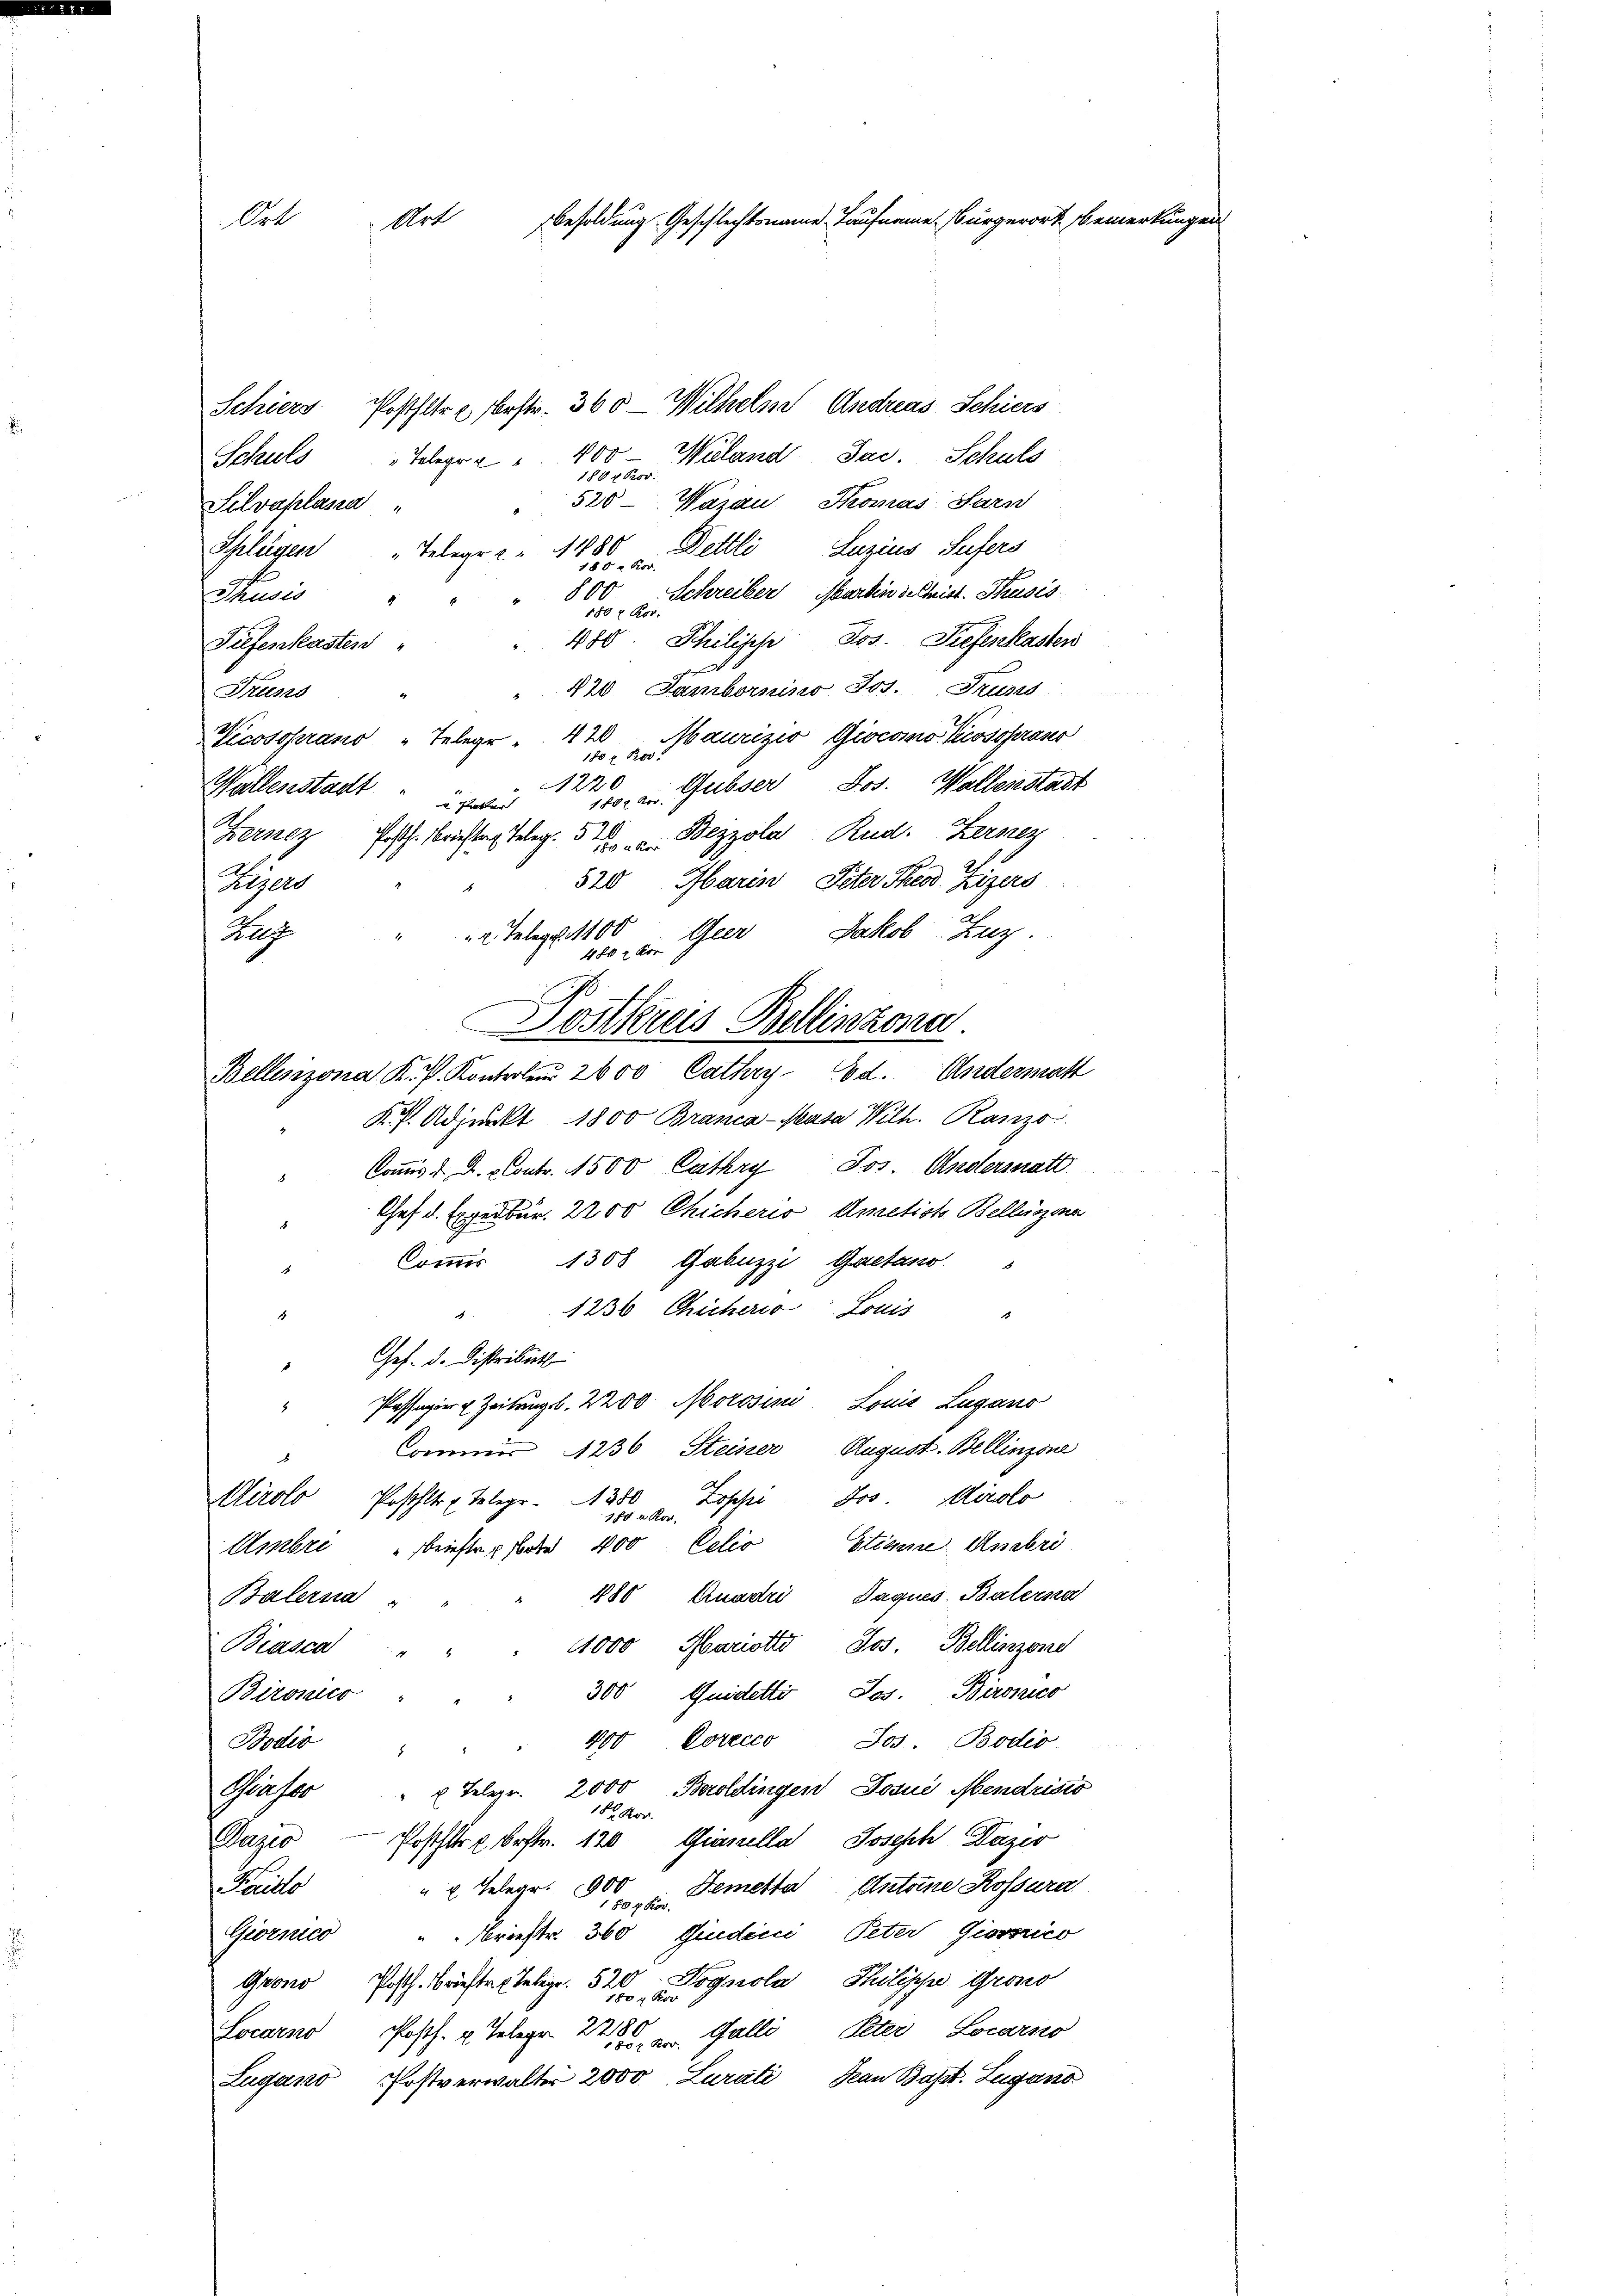
Schiers Posthlte u. erstr. 360 Wilhelm Andreas Schiers
Miland Jac. Schuls
Schuls Gelegra " 400
188 x Prov.
520-Wazau Kromas Sarn
Silvaplana
Delli Luzius Sufers
Schlegen " Telegra " 1480
180 x Kov
Schreiber, Martin sechist. Krusis
800
Thusis "
150 x K
480. Philische Jos. Tiefenkasten
Tiefenkasten
420 Sambornino Jos. Truns
Trüss
Vicossprano „Telege ". 420 Maurizio, Giocomo Kecossprano
188 x Pro
22
100. an Gubser Jos. Wallenstadt
Weillenstadt u. hatten
20
Terner Posth. Berichtung Teleg. 51.  Beyzola, Rud. Kerney
520 Harin, Peter Theod. Zizers
Regers
Rach
" 2. Telege. 1100
100. u Gier Jakob Zuz
Dostereis Bellinzona.
Bellinzona K. P. Kontroler 2600 Cathry- Ed. Andermatt
K. P. Adjunkt 1800 Branca-Masa Wilh. Ranzo
Commis d. d. Contr. 1500 Cathay Jos. Andersatt
Chef d. Experbar. 2200 Chicheris Ametiste Bellinzona
Commis 1300 Gabuzzi Gaetano
" 1236 Chicherio Louis
1
4
Ges. d. Distribut
s
" Passagier u Zeitung l. 2200 Aorosine Louis Lugano
Commer 1236 Steiner August-Bellinzone
2
Airolo Posthlt. Telegr. 350 Zoscher Jos. Kirolo
1f u Kor
Umbre richte aber 400 Eelio Stimme. Unebri
480 Quadri Jaques. Baterna
Balerna
1000 Marietto Jos. Bellinzone
Biasca
300 Quidetti, Jos. Bironico
Bironico
Jos. Boder
490 Porecco
Bodis
Beroldingen Josue Abendristo
Grafer "  Telegr. 2000
18 Ron.
Dazio — Poststr bestr. 120 Gianella, Joseph Dazer
Farito
" u Gelegr. 900 Demetta Antoine Kossura
80xkor.
Giornico " " Breestr. 360, Giudici, Peter Giornico
Grons Posth. Brieften Telegr. 520 Bognola Philische Grono
Locarno Posth. u. Telegr. 258. Galli, Peter Locarico
Lugano, Postverwalter 2000, Lurati an Bapt. Lugano

Ort
Art Besoldung Geschlechtsname. Laufname Bürgerort Bemerkungen